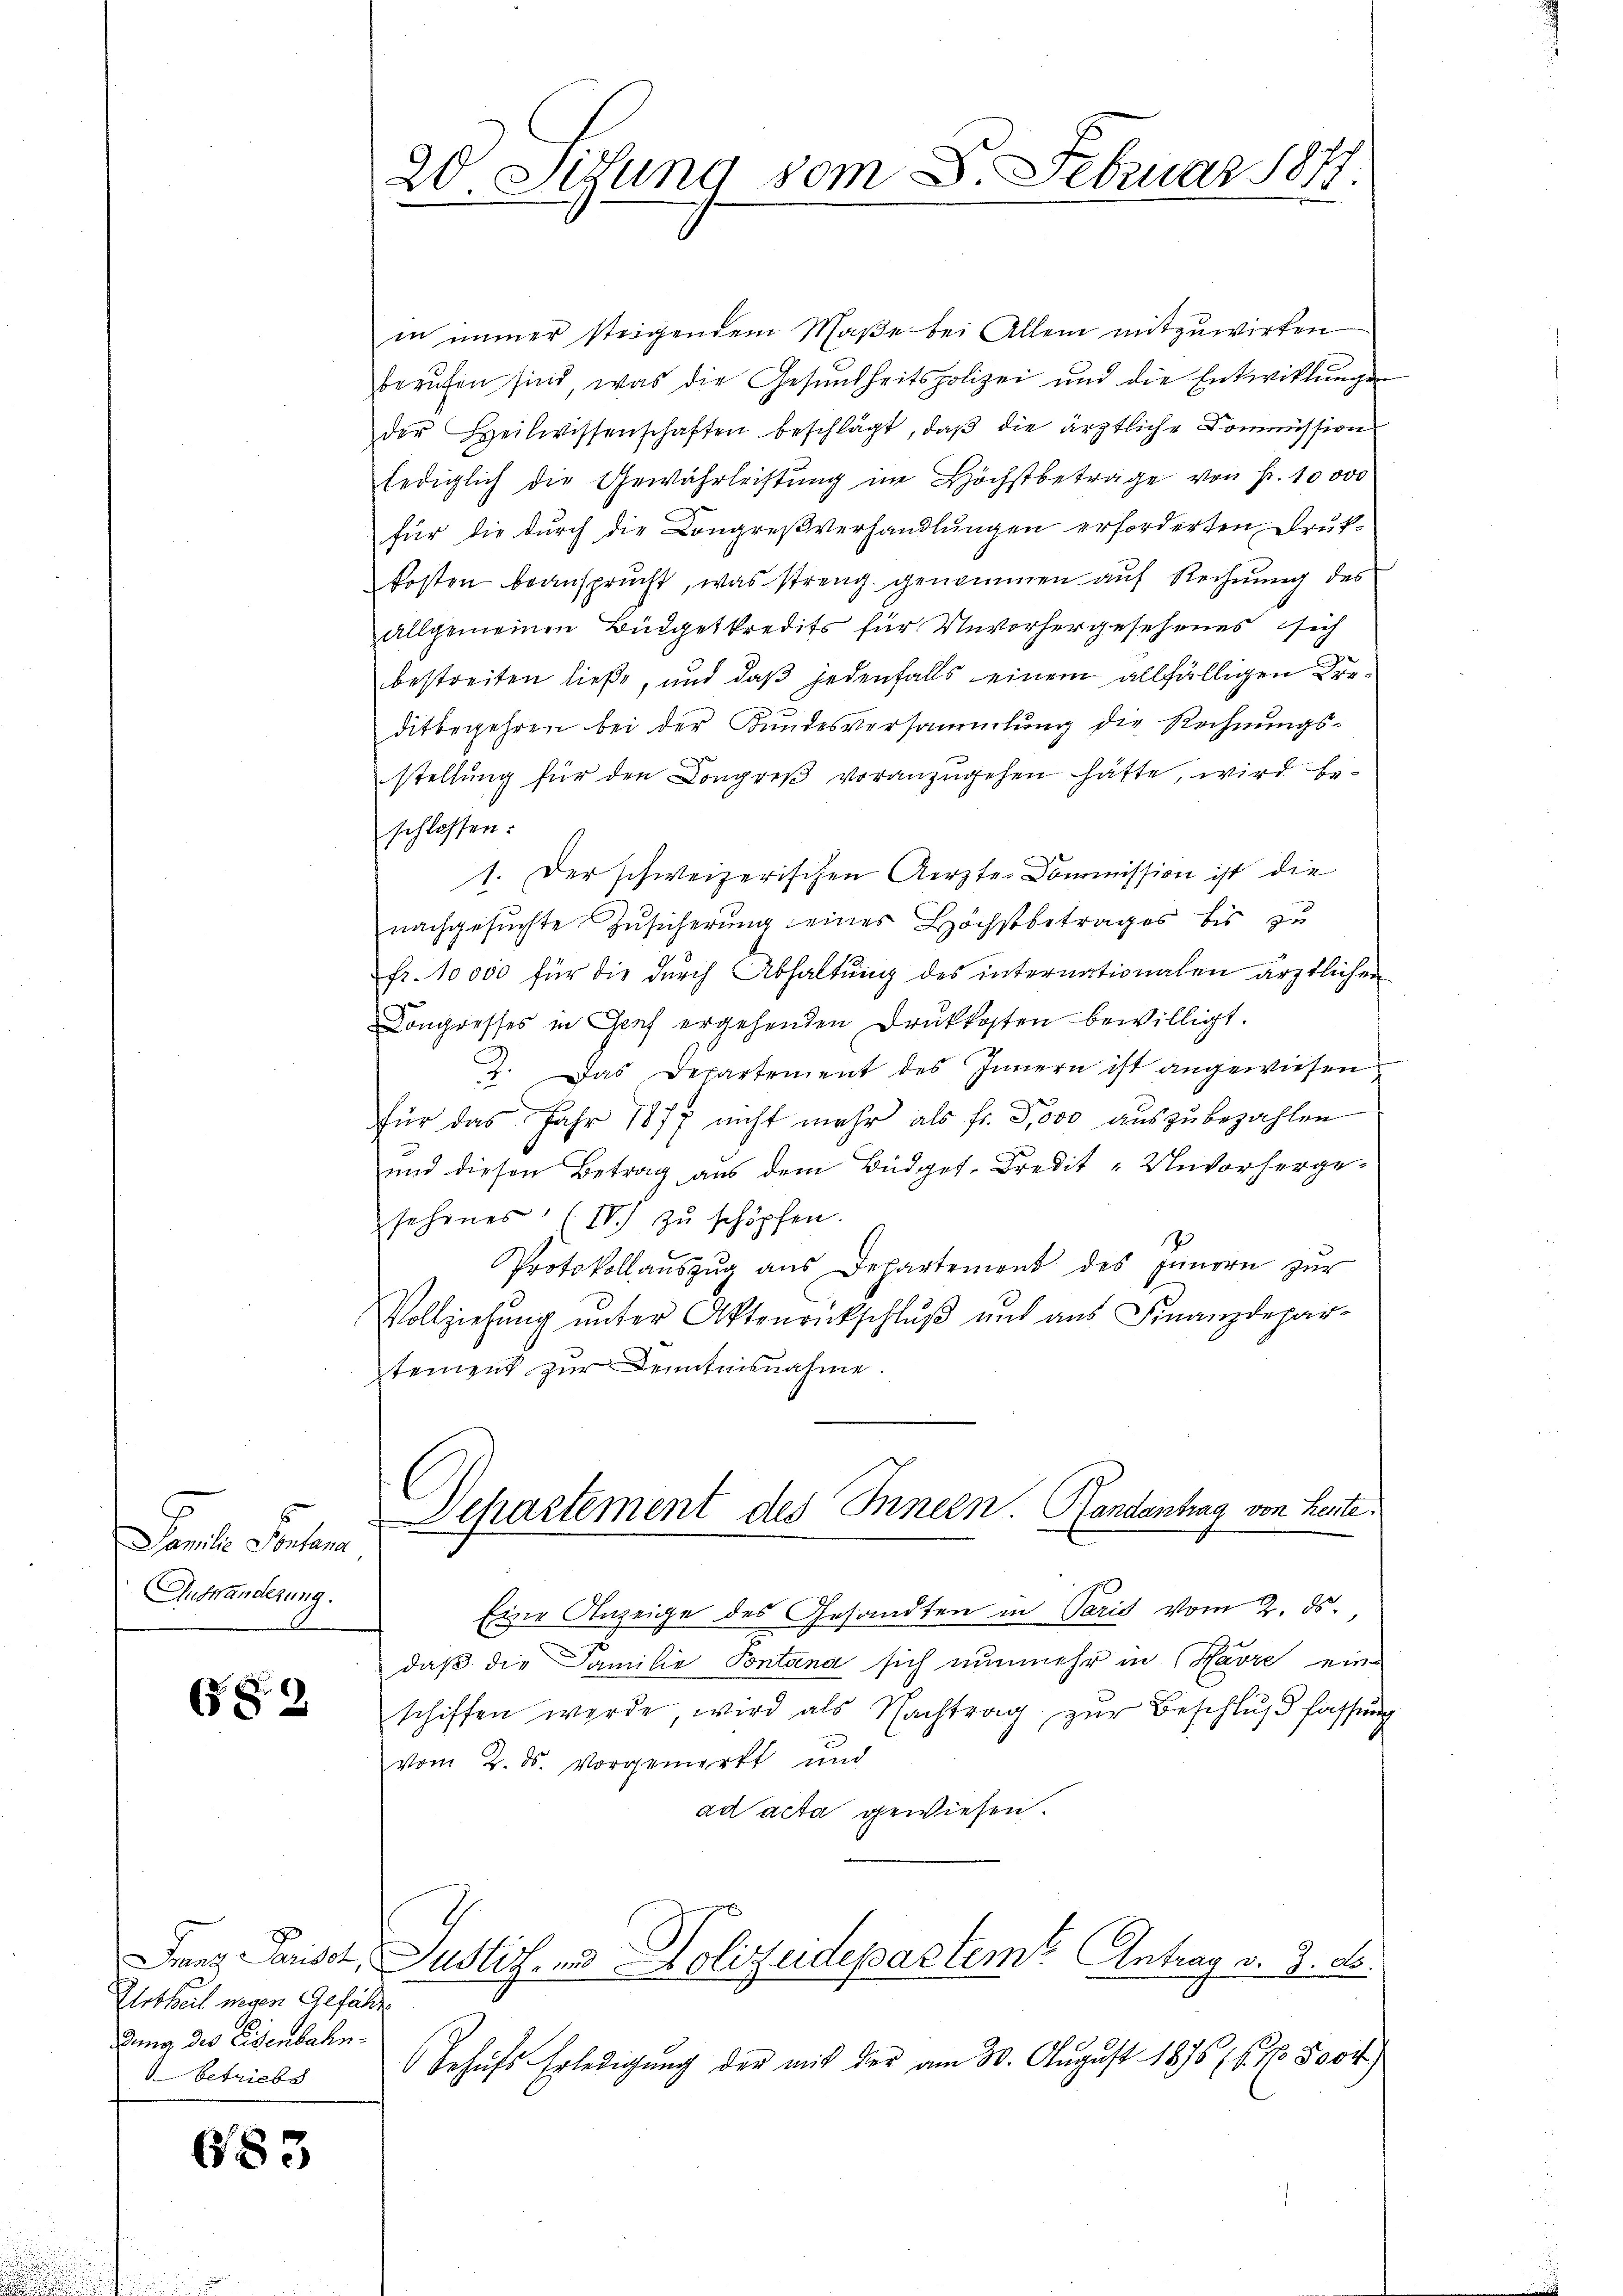
Samste Senten
Auswanderung.

(82

Urtheil wegen Gefähr
dung des Eisenbahn-
betriebs

683

20. Sitzung vom 8. Februar 1877.

in immer stragendem Maße bei Allem mitzuwirken
berŭfen sind, was die Gesŭndheitspolizei und die Entwicklungen
der Heilwissenschaften beschlägt, daß die ärztliche Commission
lediglich die Gewährleistung im Höchstbetrage von Fr. 10000
für die durch die Congreßverhandlungen erforderten Druk-
kosten beansprucht, was streng genommen auf Rechnung des
allgemeinen Büdgetkredits für Unvorhergesehenes sich
bestreiten ließe, und daß jedenfalls einem allfälligen Preditbegehren bei der Kundesversammlung die Rechnungsstellung für den Congreß voranzugehen hätte, wird beschlossen:
1. Der schweizerischen Aerzte Commission ist die
nachgesŭchte Zŭsicherung eines Höchstbetrages bis zu
fr. 10000 für die durch Abhaltung des internationalen ärztlichen
Congresses in Genf ergehenden Druckkosten bewilligt.
2. Das Departement des Innern ist angewiesen
für das Jahr 1877 nicht mehr als fr. 5000 auszubezahlen
und diesen Betrag aus dem Büdget-Bredit "Unvorherge-
sehenes (IV) zŭ schöpfen.
Protokoll aŭszŭg aŭs Departement des Innern zŭr
Vollziehŭng ŭnter Aktenrückschlŭβ und aus Finanzdepar-
tement zur Kenntnisnahme.
Departement des Innern. Handantrag von Leute.
 er
Eine Anzeige des Gesandten in Paris vom 2. ds.,
daß die Familie Pontana sich nunmehr in Havre eine
schiffen werde, wird als Nachtrag zŭr Beschlŭβ fassung
vom 2. ds. vorgemerkt und
ad acta gewiesen.
Fraaz Parisst, Justiz- und Polizeidepartem Antrag v. 3. ds.
Behufs Erledigung der mit der am 30. August 1876 (6. No. 800.